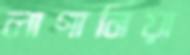
লাগানিয়া